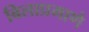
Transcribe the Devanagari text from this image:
बिलाप्रमाणे